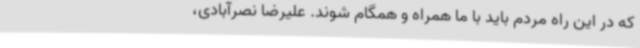
که در این راه مردم باید با ما همراه و همگام شوند. علیرضا نصرآبادی،